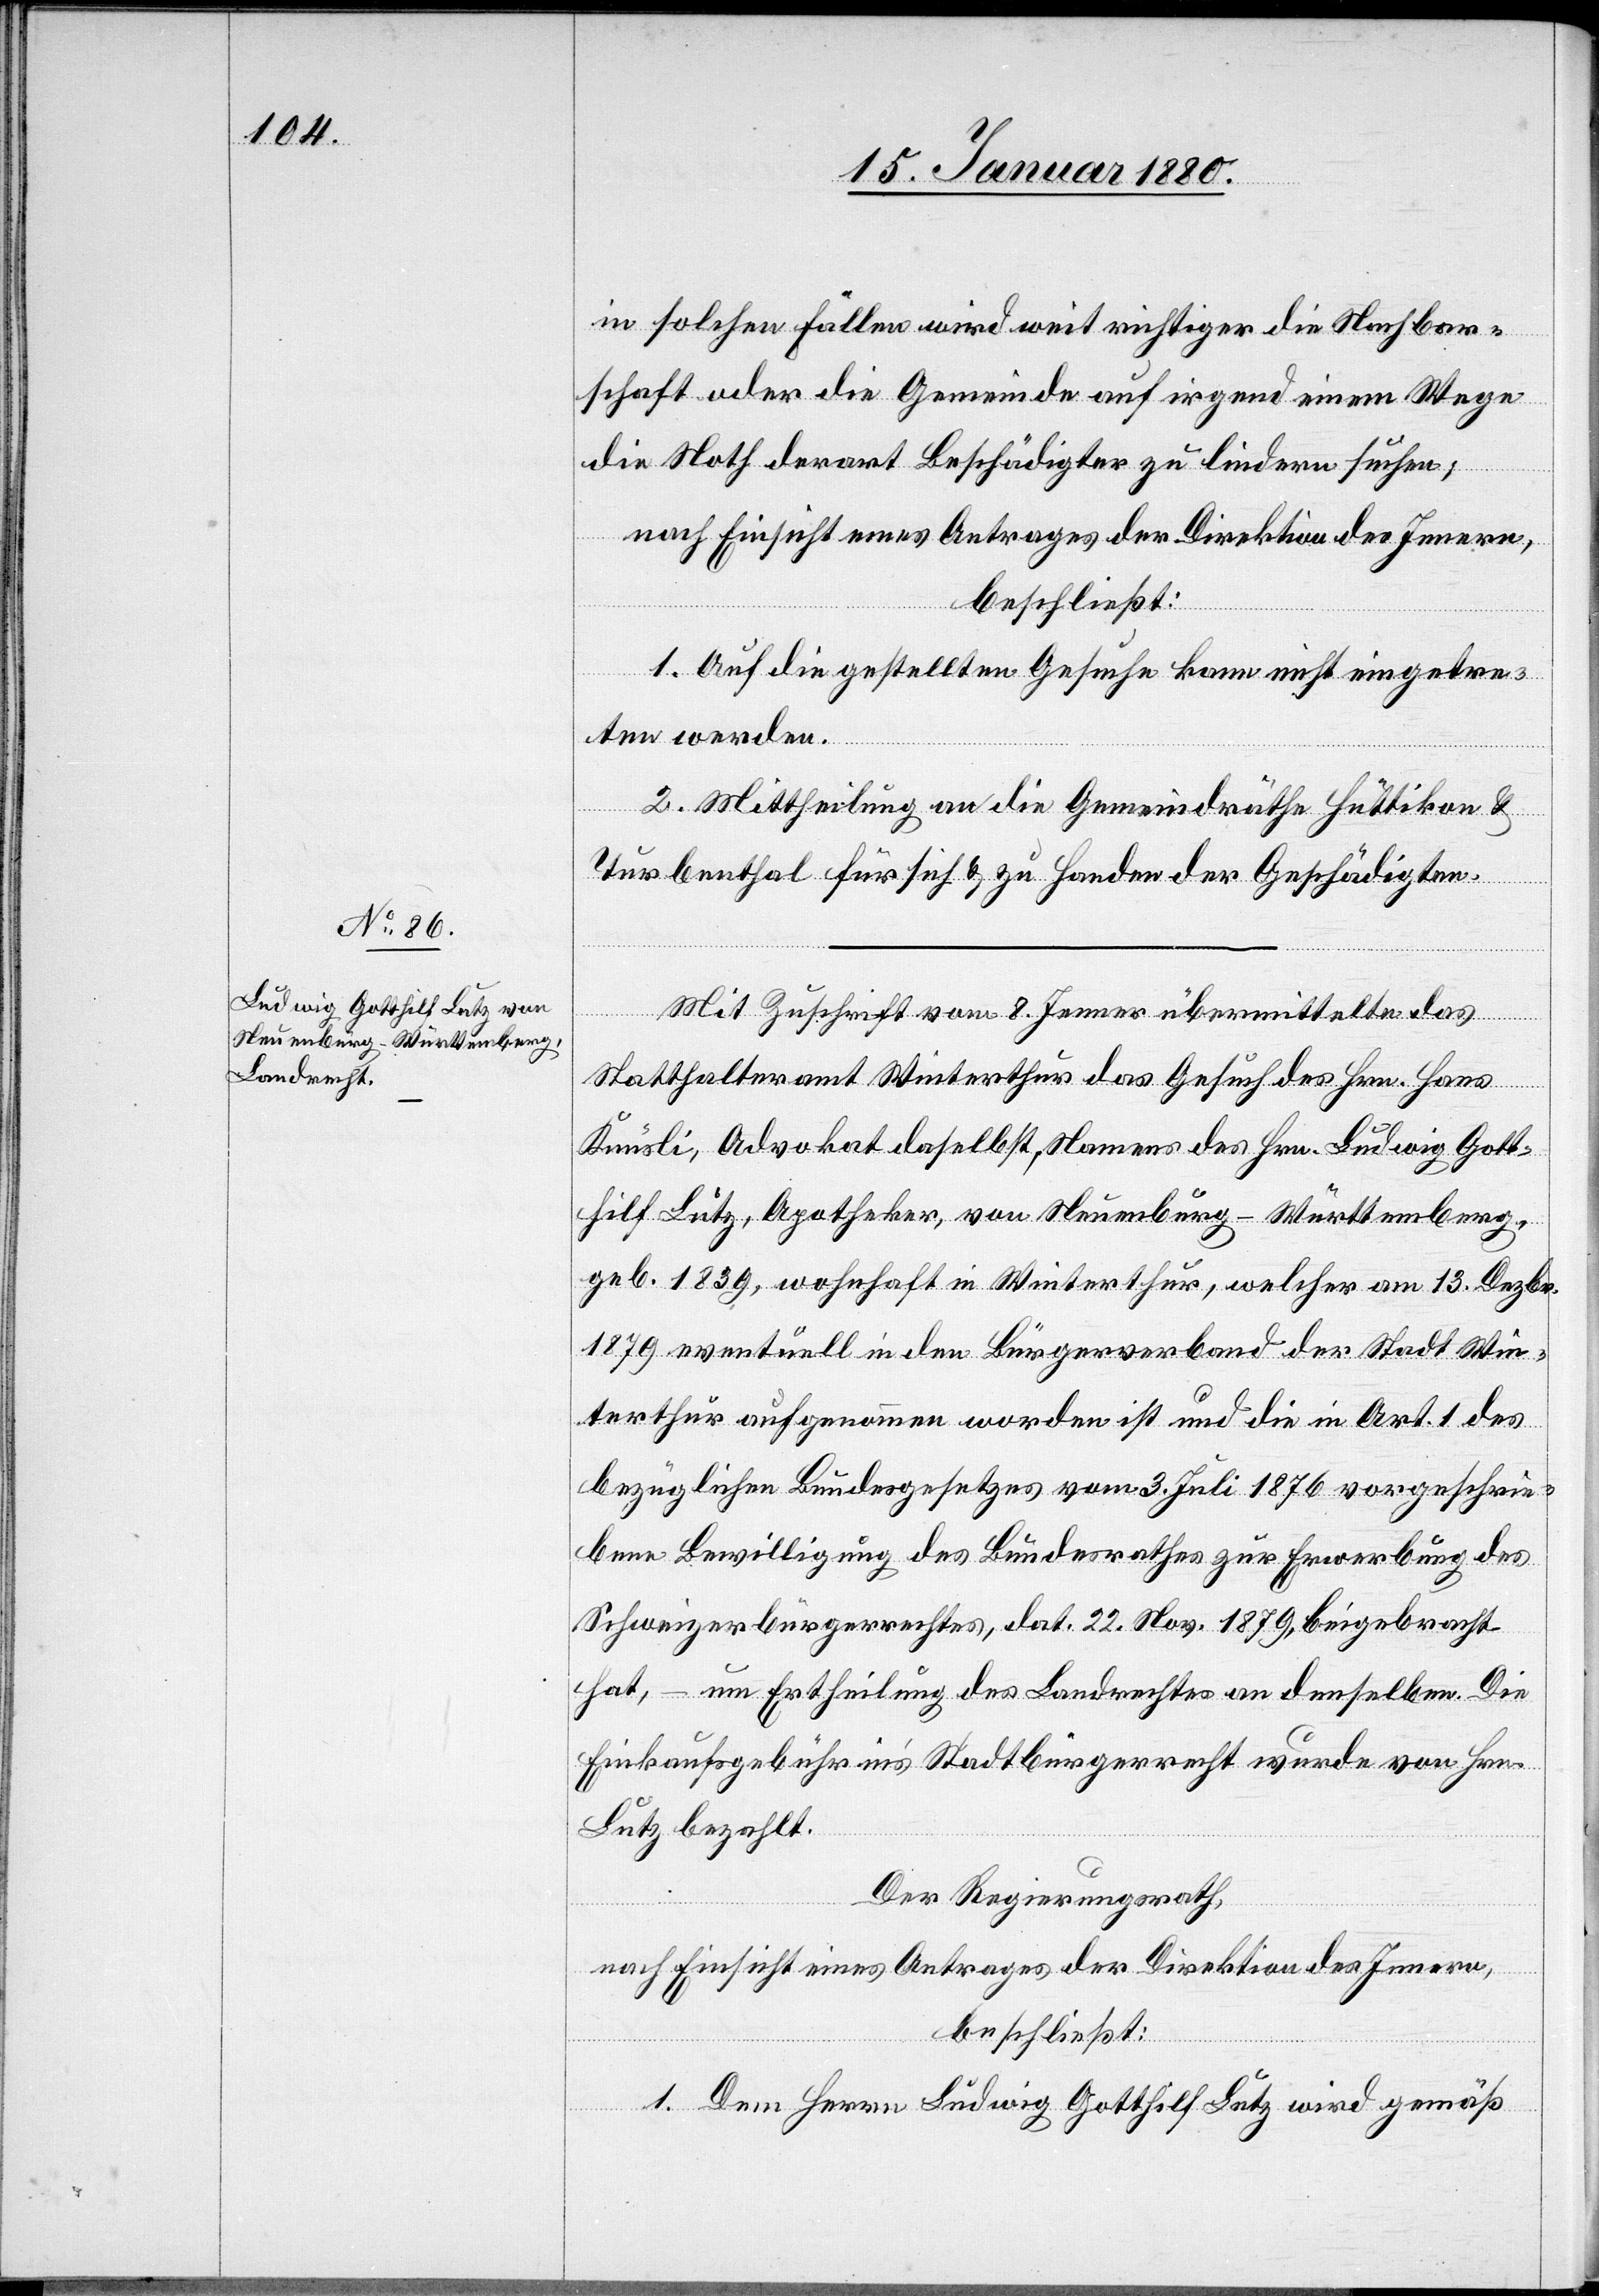
in solchen Fällen wird weit richtiger die Nachbar¬
schaft oder die Gemeinde auf irgend einem Wege
die Noth derart Beschädigter zu lindern suchen;
nach Einsicht eines Antrages der Direktion des Innern,
beschließt:
1. Auf die gestellten Gesuche kann nicht eingetre¬
ten werden.
2. Mittheilung an die Gemeindräthe Hüttikon &
Turbenthal für sich & zu Handen der Geschädigten.
Mit Zuschrift vom 8. Jenner übermittelte das
Statthalteramt Winterthur das Gesuch des Hrn. Hans
Knüsli, Advokat daselbst Namens des Hrn. Ludwig Gott¬
hilf Lutz, Apotheker, von Neuenburg - Württemberg,
geb. 1839, wohnhaft in Winterthur, welcher am 13. Dezbr.
1879 eventuell in den Bürgerverband der Stadt Win¬
terthur aufgenommen worden ist und die in Art. 1 des
bezüglichen Bundesgesetzes vom 3. Juli 1876 vorgeschrie¬
bene Bewilligung des Bundesrathes zur Erwerbung des
Schweizerbürgerrechtes, dat. 22. Nov. 1879, beigebracht
hat, – um Ertheilung des Landrechtes an denselben. Die
Einkaufsgebühr in’s Stadtbürgerrecht wurde von Hrn.
Lutz bezahlt.
Der Regierungsrath,
nach Einsicht eines Antrages der Direktion des Innern,
beschließt:
1. Dem Herrn Ludwig Gotthilf Lutz wird gemäß